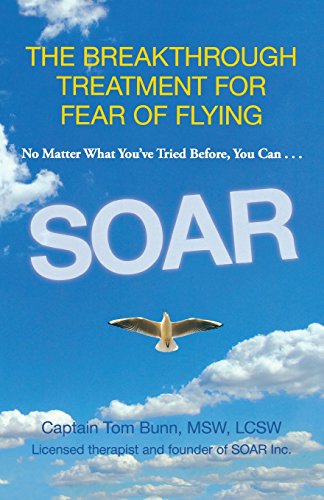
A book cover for Soar: The Breakthrough Treatment For Fear Of Flying; Tom Bunn; Self-Help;